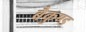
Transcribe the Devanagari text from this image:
बैकुण्ड